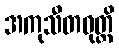
အကုသီတဝုတ္တိ